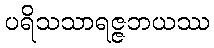
ပရိသသာရဇ္ဇဘယဿ